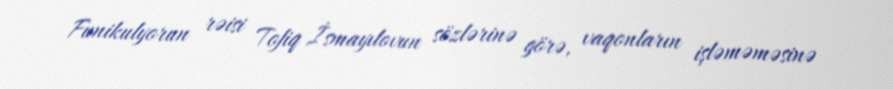
Funikulyorun rəisi Tofiq İsmayılovun sözlərinə görə, vaqonların işləməməsinə